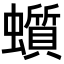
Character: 𧓳